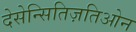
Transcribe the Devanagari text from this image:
देसेन्सितिज़तिओन